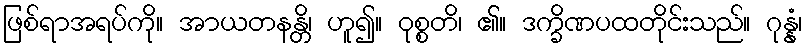
ဖြစ်ရာအရပ်ကို။ အာယတနန္တိ၊ ဟူ၍။ ဝုစ္စတိ၊ ၏။ ဒက္ခိဏပထတိုင်းသည်။ ဂုန္နံ၊